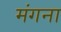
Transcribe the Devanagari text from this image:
मंगना